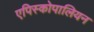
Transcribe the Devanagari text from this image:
एपिस्कोपालियन